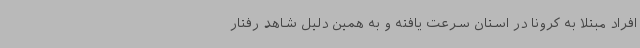
افراد مبتلا به کرونا در استان سرعت یافته و به همین دلیل شاهد رفتار